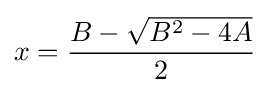
x={\frac {B-{\sqrt {B^{2}-4A}}}{2}}